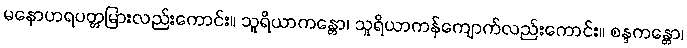
မနောဟရပတ္တမြားလည်းကောင်း။ သူရိယာကန္တော၊ သူရိယာကန်ကျောက်လည်းကောင်း။ စန္ဒကန္တော၊